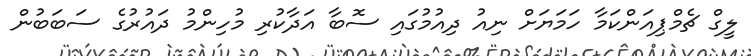
ލީގް ޗެމްޕިއަންކަމާ ހަމަޔަށް ނިއު ދިއުމުގައި ސޮބާ އަދާކުރި މުހިންމު ދައުރުގެ ސަބަބުން